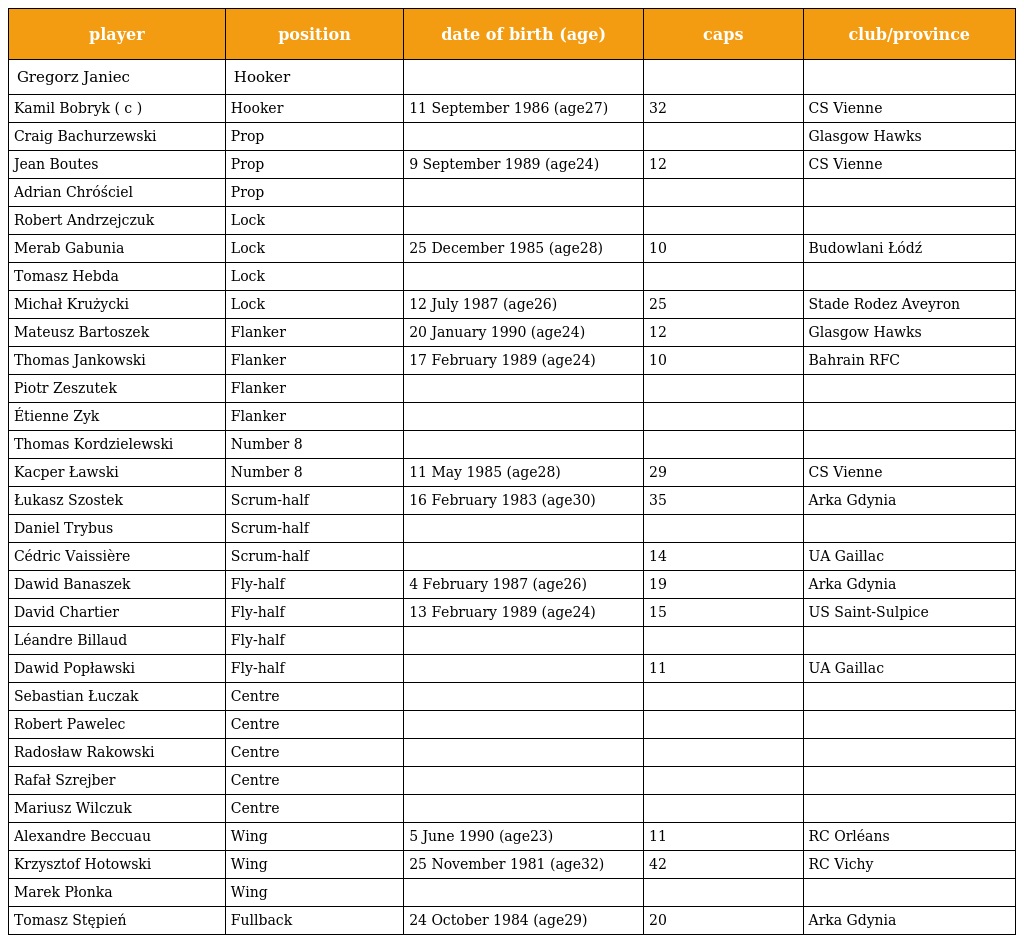
| player | position | date of birth (age) | caps | club/province |
 | --- | --- | --- | --- | --- |
 | Gregorz Janiec | Hooker |  |  |  |
 | Kamil Bobryk ( c ) | Hooker | 11 September 1986 (age27) | 32 | CS Vienne |
 | Craig Bachurzewski | Prop |  |  | Glasgow Hawks |
 | Jean Boutes | Prop | 9 September 1989 (age24) | 12 | CS Vienne |
 | Adrian Chróściel | Prop |  |  |  |
 | Robert Andrzejczuk | Lock |  |  |  |
 | Merab Gabunia | Lock | 25 December 1985 (age28) | 10 | Budowlani Łódź |
 | Tomasz Hebda | Lock |  |  |  |
 | Michał Krużycki | Lock | 12 July 1987 (age26) | 25 | Stade Rodez Aveyron |
 | Mateusz Bartoszek | Flanker | 20 January 1990 (age24) | 12 | Glasgow Hawks |
 | Thomas Jankowski | Flanker | 17 February 1989 (age24) | 10 | Bahrain RFC |
 | Piotr Zeszutek | Flanker |  |  |  |
 | Étienne Zyk | Flanker |  |  |  |
 | Thomas Kordzielewski | Number 8 |  |  |  |
 | Kacper Ławski | Number 8 | 11 May 1985 (age28) | 29 | CS Vienne |
 | Łukasz Szostek | Scrum-half | 16 February 1983 (age30) | 35 | Arka Gdynia |
 | Daniel Trybus | Scrum-half |  |  |  |
 | Cédric Vaissière | Scrum-half |  | 14 | UA Gaillac |
 | Dawid Banaszek | Fly-half | 4 February 1987 (age26) | 19 | Arka Gdynia |
 | David Chartier | Fly-half | 13 February 1989 (age24) | 15 | US Saint-Sulpice |
 | Léandre Billaud | Fly-half |  |  |  |
 | Dawid Popławski | Fly-half |  | 11 | UA Gaillac |
 | Sebastian Łuczak | Centre |  |  |  |
 | Robert Pawelec | Centre |  |  |  |
 | Radosław Rakowski | Centre |  |  |  |
 | Rafał Szrejber | Centre |  |  |  |
 | Mariusz Wilczuk | Centre |  |  |  |
 | Alexandre Beccuau | Wing | 5 June 1990 (age23) | 11 | RC Orléans |
 | Krzysztof Hotowski | Wing | 25 November 1981 (age32) | 42 | RC Vichy |
 | Marek Płonka | Wing |  |  |  |
 | Tomasz Stępień | Fullback | 24 October 1984 (age29) | 20 | Arka Gdynia |